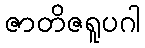
ဇာတိဇရူပဂါ